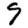
Digit: 9